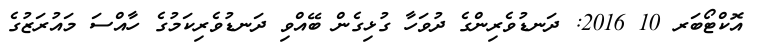
އޮކްޓޯބަރ 10 2016: ދަނޑުވެރިންގެ ދުވަހާ ގުޅިގެން ބޭއްވި ދަނޑުވެރިކަމުގެ ހާއްސަ މައުރަޒުގެ